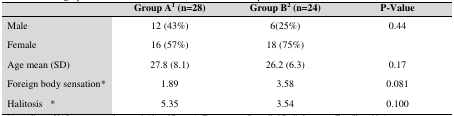
<table><thead><tr><td></td><td><b>Group A1 (n=28)</b></td><td><b>Group B2 (n=24)</b></td><td><b>P-Value</b></td></tr></thead><tbody><tr><td>Male </td><td>12 (43%)</td><td>6(25%)</td><td>0.44</td></tr><tr><td>Female </td><td>16 (57%)</td><td>18 (75%)</td><td></td></tr><tr><td>Age mean (SD) </td><td>27.8 (8.1)</td><td>26.2 (6.3)</td><td>0.17</td></tr><tr><td>Foreign body sensation*</td><td>1.89</td><td>3.58 </td><td>0.081 </td></tr><tr><td>Halitosis *</td><td>5.35</td><td>3.54</td><td>0.100</td></tr></tbody></table>